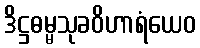
ဒိဋ္ဌဓမ္မသုခဝိဟာရံယေဝ